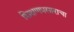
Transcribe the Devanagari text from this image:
शिक्षणप्रसाराचा